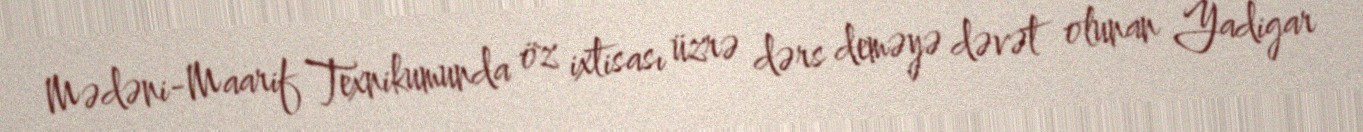
Mədəni-Maarif Texnikumunda öz ixtisası üzrə dərs deməyə dəvət olunan Yadigar